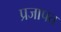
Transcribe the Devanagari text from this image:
प्रजापत